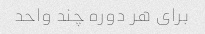
برای هر دوره چند واحد